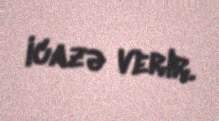
icazə verir.